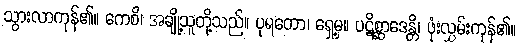
သွားလာကုန်၏။ ကေစိ၊ အချို့သူတို့သည်။ ပုရတော၊ ရှေ့မှ။ ပဋိစ္ဆာဒေန္တိ၊ ဖုံးလွှမ်းကုန်၏။